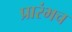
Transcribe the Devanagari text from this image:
प्रारंभच